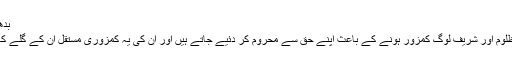
بدھ‬‮ 24 اپریل‬‮ 2019 | 16:43
اسلام آباد(مانیٹرنگ ڈیسک)مظلوم اور شریف لوگ کمزور ہونے کے باعث اپنے حق سے محروم کر دئیے جاتے ہیں اور ان کی یہ کمزوری مستقل ان کے گلے کا ڈھول بن کر بجتی رہتی ہے۔